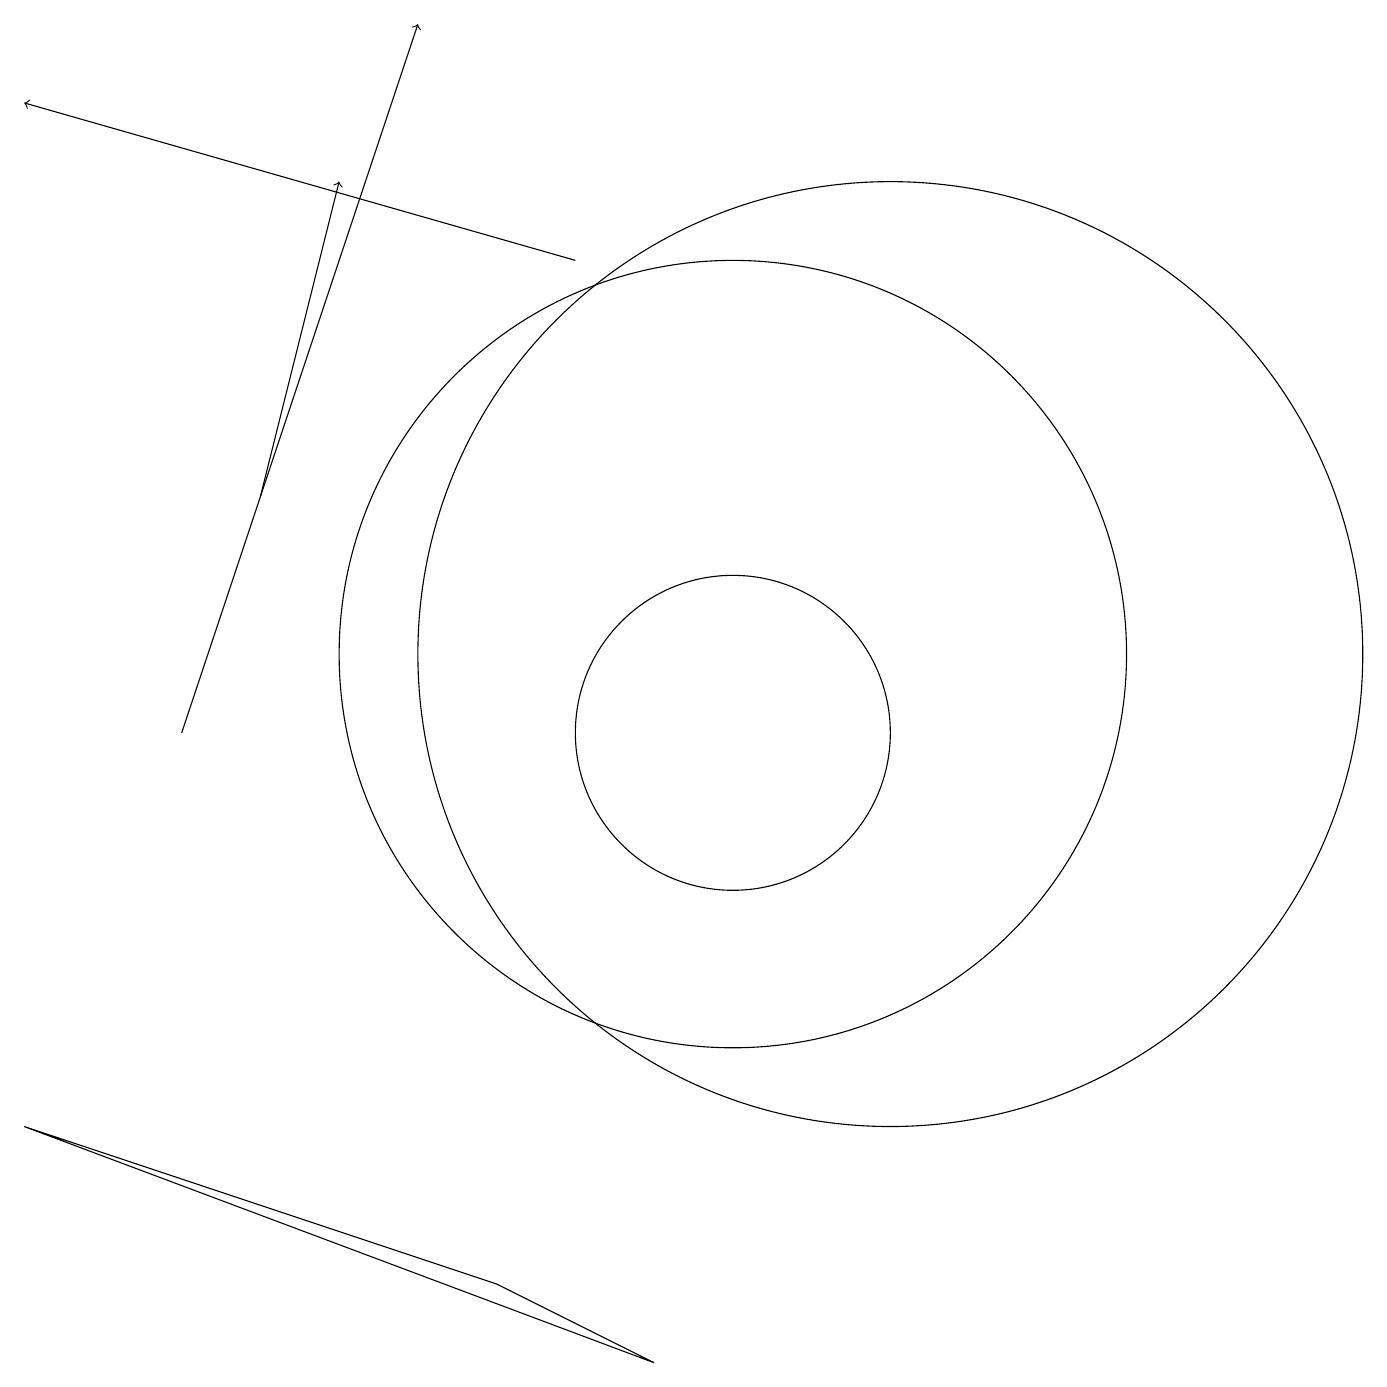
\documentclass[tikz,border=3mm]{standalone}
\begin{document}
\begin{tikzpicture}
\draw[->] (8,16) -- (1,18);
\draw (10,11) circle (5);
\draw (1,5) -- (7,3) -- (9,2) -- cycle;
\draw[->] (4,13) -- (5,17);
\draw (12,11) circle (6);
\draw[->] (3,10) -- (6,19);
\draw (10,10) circle (2);
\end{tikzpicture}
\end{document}